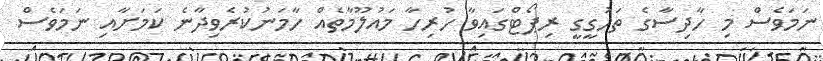
ނަމަވެސް މި ހާދިސާގެ ތަހުގީގީ ރިޕޯޓްގައިވާ ހުރިހާ މައުލޫމާތެއް ހާމަނުކުރެވިދާނެ ކަމަށާއި ނަމަވެސް